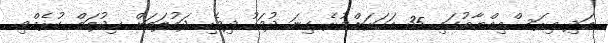
އަދި މިރަސްމިއްޔާތުގައި 35 އަހަރަށްވުރެ ގިނަ ދުވަހު ދިވެހި ދައުލަތަށް ޚިދުމަތް ކުރެއްވި